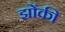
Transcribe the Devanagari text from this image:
झोंकी